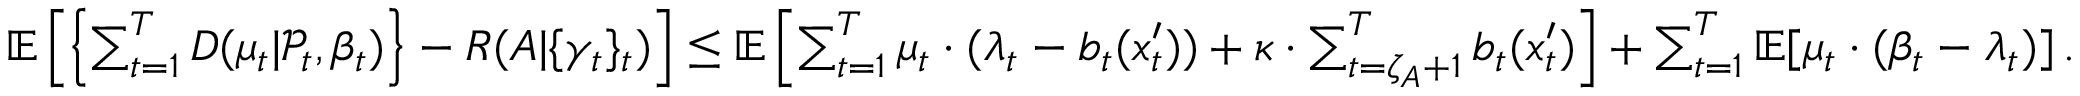
\begin{array} { r } { \mathbb { E } \left[ \left\{ \sum _ { t = 1 } ^ { T } D ( \mu _ { t } | \mathcal { P } _ { t } , \beta _ { t } ) \right\} - R ( A | \{ \gamma _ { t } \} _ { t } ) \right] \leq \mathbb { E } \left[ \sum _ { t = 1 } ^ { T } \mu _ { t } \cdot ( \lambda _ { t } - b _ { t } ( x _ { t } ^ { \prime } ) ) + \kappa \cdot \sum _ { t = \zeta _ { A } + 1 } ^ { T } b _ { t } ( x _ { t } ^ { \prime } ) \right] + \sum _ { t = 1 } ^ { T } \mathbb { E } [ \mu _ { t } \cdot ( \beta _ { t } - \lambda _ { t } ) ] \, . } \end{array}